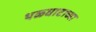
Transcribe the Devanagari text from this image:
थळघाटाच्या